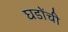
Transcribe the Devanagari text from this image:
घडोंची